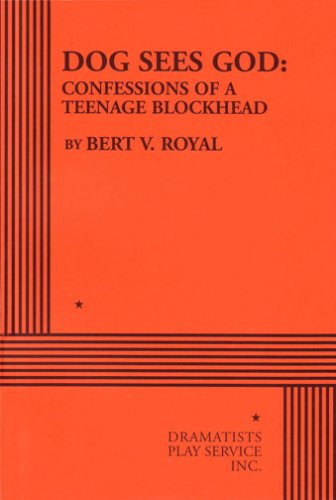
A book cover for Dog Sees God: Confessions of a Teenage Blockhead - Acting Edition; Bert V. Royal; Literature & Fiction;